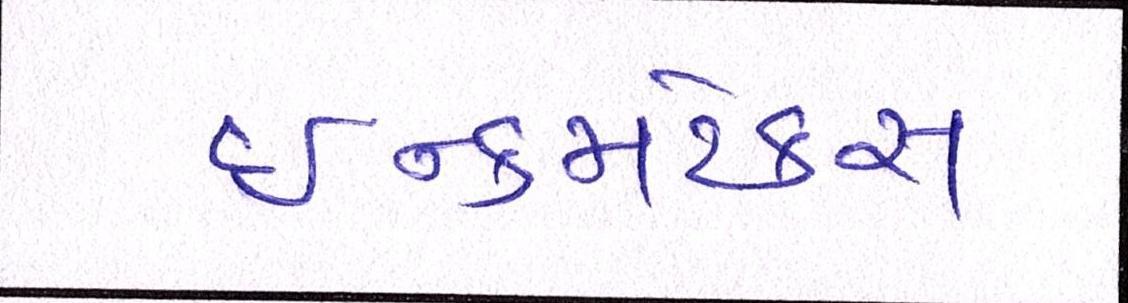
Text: ઇન્કમટેક્સ